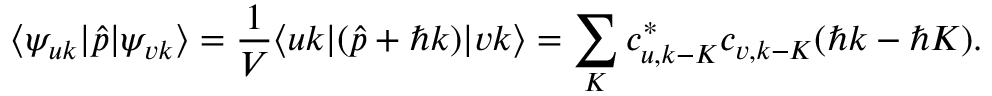
\langle \psi _ { u k } | \hat { p } | \psi _ { v k } \rangle = \frac { 1 } { V } \langle u k | ( \hat { p } + \hbar k ) | v k \rangle = \sum _ { K } c _ { u , k - K } ^ { * } c _ { v , k - K } ( \hbar k - \hbar K ) .